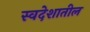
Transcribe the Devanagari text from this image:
स्वदेशातील